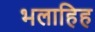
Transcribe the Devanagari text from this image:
भलाहिह